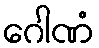
ဂေါဏံ